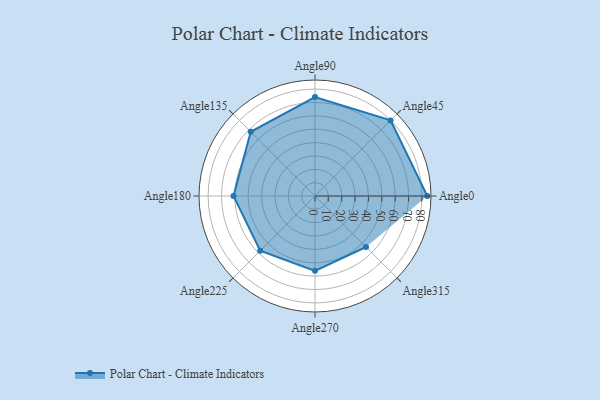
{"axis": {"x": "Angle", "y": "Radius"}, "legend": [""], "data": [{"x": "Angle0", "y": 84.0, "type": ""}, {"x": "Angle45", "y": 80.0, "type": ""}, {"x": "Angle90", "y": 74.0, "type": ""}, {"x": "Angle135", "y": 68.0, "type": ""}, {"x": "Angle180", "y": 61.0, "type": ""}, {"x": "Angle225", "y": 58.0, "type": ""}, {"x": "Angle270", "y": 56.0, "type": ""}, {"x": "Angle315", "y": 54.0, "type": ""}]}